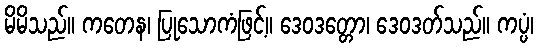
မိမိသည်။ ကတေန၊ ပြုသောကံဖြင့်။ ဒေဝဒတ္တော၊ ဒေဝဒတ်သည်။ ကပ္ပံ၊